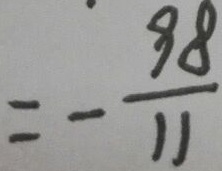
= - \frac { 9 8 } { 1 1 }